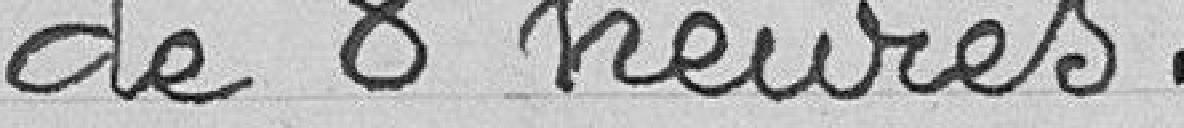
de 8 heures